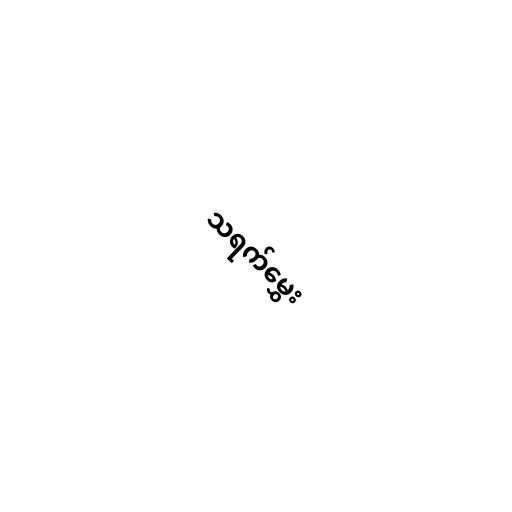
သရက်မွှေး